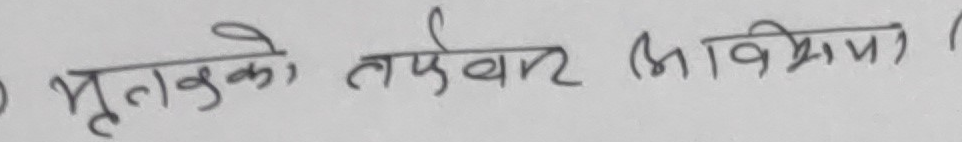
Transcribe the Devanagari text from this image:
भूतको तापक्रम (अभिक्रिया)